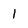
Character: 1